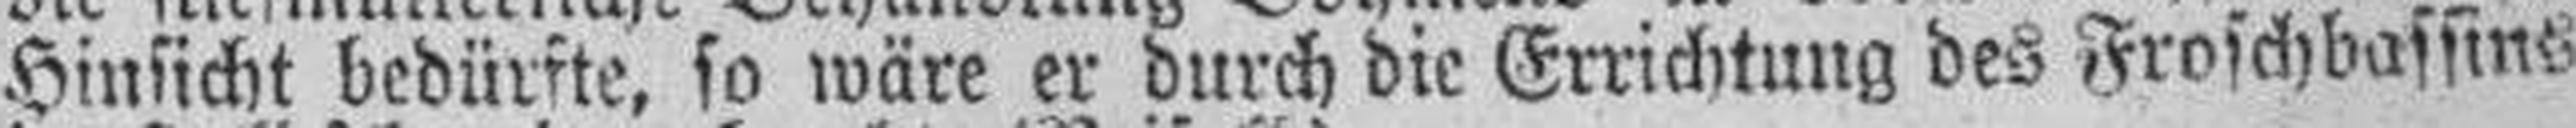
Hinsicht bedürfte, so wäre er durch die Errichtung des Froschbassins